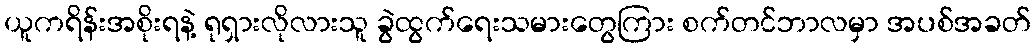
ယူကရိန်းအစိုးရနဲ့ ရုရှားလိုလားသူ ခွဲထွက်ရေးသမားတွေကြား စက်တင်ဘာလမှာ အပစ်အခတ်